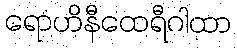
ရောဟိနီထေရီဂါထာ